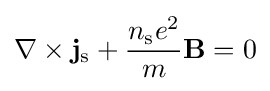
\nabla \times \mathbf {j} _{\rm {s}}+{\frac {n_{\rm {s}}e^{2}}{m}}\mathbf {B} =0